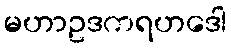
မဟာဥဒကရဟဒေါ